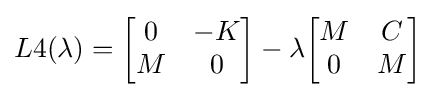
L4(\lambda )={\begin{bmatrix}0&-K\\M&0\end{bmatrix}}-\lambda {\begin{bmatrix}M&C\\0&M\end{bmatrix}}